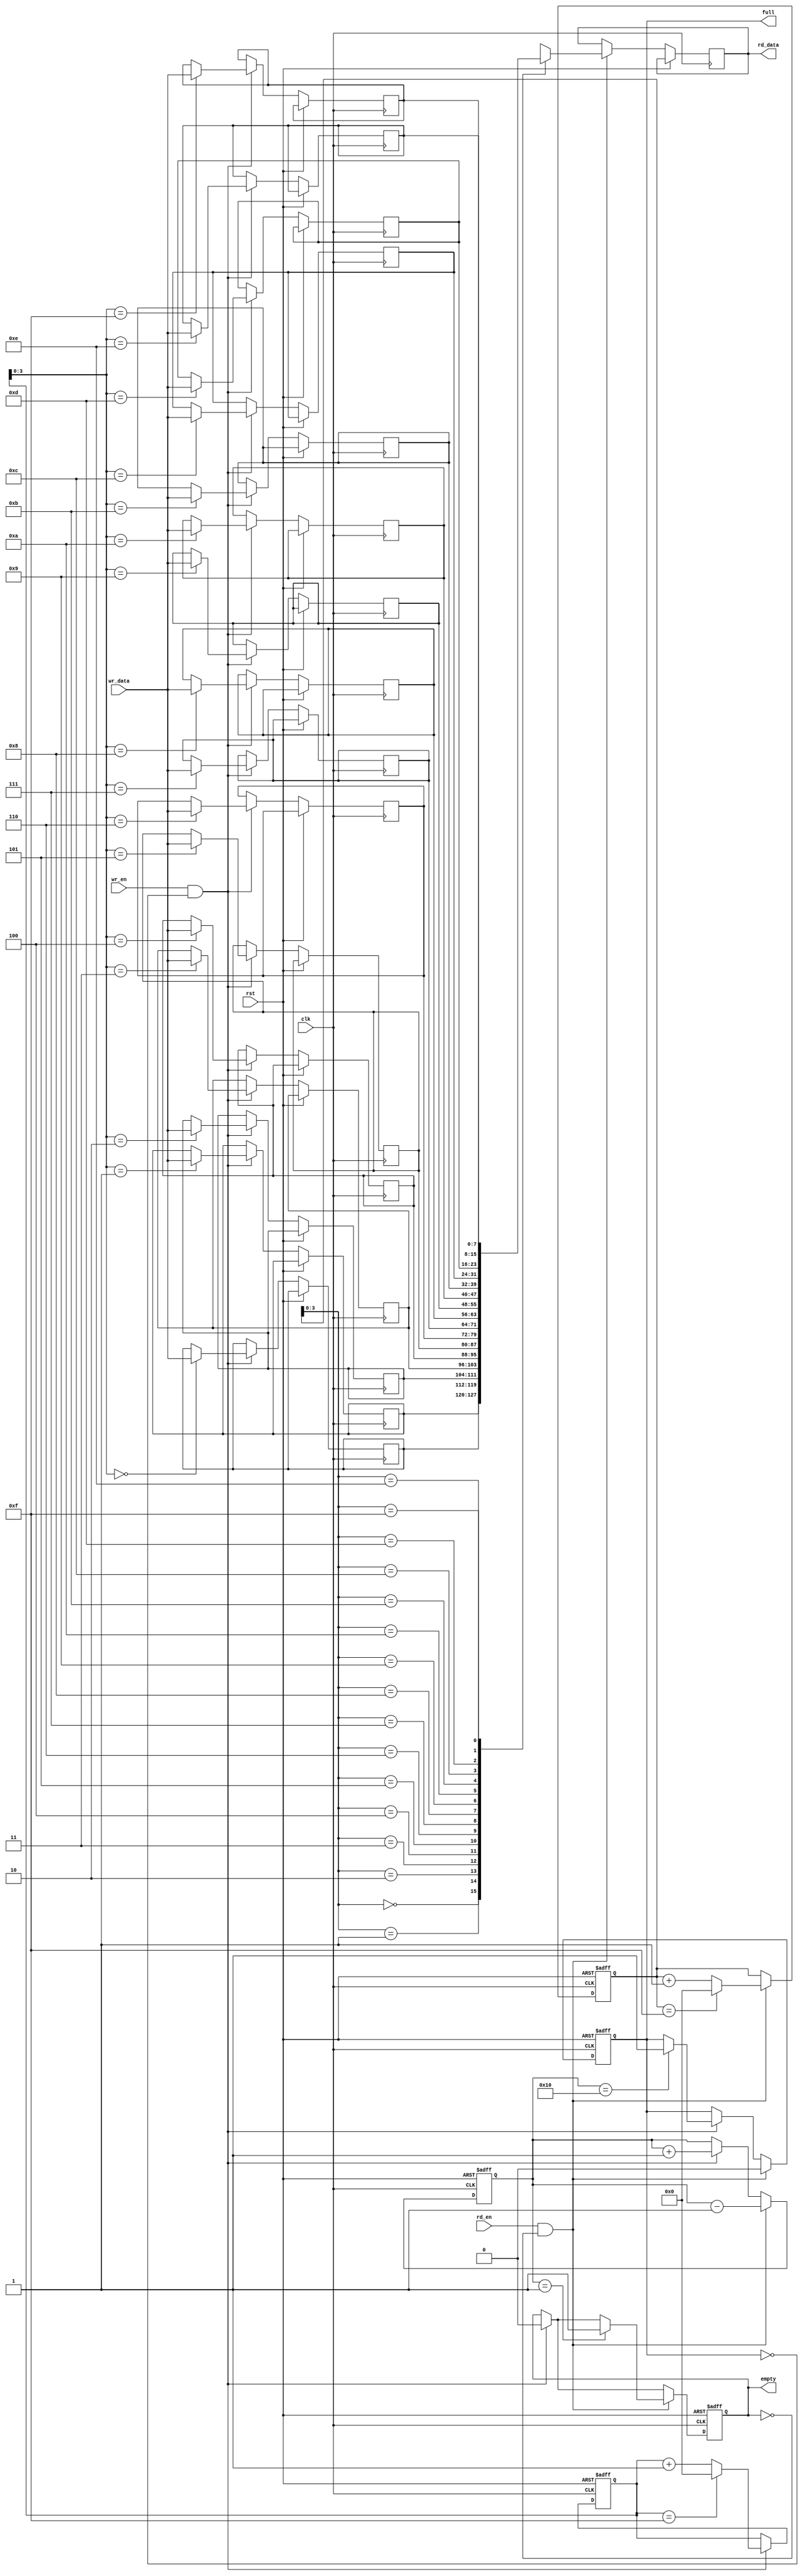
module async_fifo (
    input wire clk,
    input wire rst,
    input wire wr_en,
    input wire [DATA_WIDTH-1:0] wr_data,
    output reg [DATA_WIDTH-1:0] rd_data,
    input wire rd_en,
    output reg full,
    output reg empty
);

parameter DEPTH = 16;
parameter ALMOST_FULL_THRESH = 14;
parameter ALMOST_EMPTY_THRESH = 2;
parameter DATA_WIDTH = 8;

reg [DATA_WIDTH-1:0] fifo[DEPTH-1:0];
reg [DEPTH-1:0] wr_ptr;
reg [DEPTH-1:0] rd_ptr;
reg [DEPTH:0] count;

always @(posedge clk or posedge rst) begin
    if (rst) begin
        wr_ptr <= 0;
        rd_ptr <= 0;
        count <= 0;
        full <= 0;
        empty <= 1;
    end else begin
        if (wr_en && ~full) begin
            fifo[wr_ptr] <= wr_data;
            wr_ptr <= wr_ptr + 1;
            count <= count + 1;
            if (wr_ptr == DEPTH-1) begin
                wr_ptr <= 0;
            end
            if (count == DEPTH) begin
                full <= 1;
            end
            empty <= 0;
        end
        if (rd_en && ~empty) begin
            rd_data <= fifo[rd_ptr];
            rd_ptr <= rd_ptr + 1;
            count <= count - 1;
            if (rd_ptr == DEPTH-1) begin
                rd_ptr <= 0;
            end
            if (count == 1) begin
                empty <= 1;
            end
            full <= 0;
        end
    end
end

endmodule